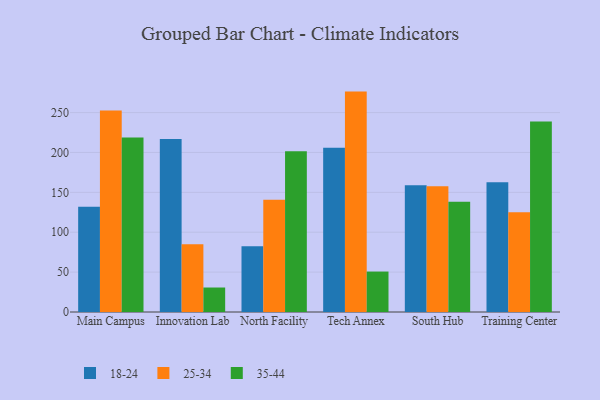
{"axis": {"x": "Campus", "y": "Conversion Rate (%)"}, "legend": ["18-24", "25-34", "35-44"], "data": [{"x": "Main Campus", "y": 132.0, "type": "18-24"}, {"x": "Main Campus", "y": 252.5, "type": "25-34"}, {"x": "Main Campus", "y": 218.7, "type": "35-44"}, {"x": "Innovation Lab", "y": 217.0, "type": "18-24"}, {"x": "Innovation Lab", "y": 85.0, "type": "25-34"}, {"x": "Innovation Lab", "y": 30.7, "type": "35-44"}, {"x": "North Facility", "y": 82.3, "type": "18-24"}, {"x": "North Facility", "y": 140.8, "type": "25-34"}, {"x": "North Facility", "y": 201.5, "type": "35-44"}, {"x": "Tech Annex", "y": 205.8, "type": "18-24"}, {"x": "Tech Annex", "y": 276.3, "type": "25-34"}, {"x": "Tech Annex", "y": 50.7, "type": "35-44"}, {"x": "South Hub", "y": 158.9, "type": "18-24"}, {"x": "South Hub", "y": 157.5, "type": "25-34"}, {"x": "South Hub", "y": 138.2, "type": "35-44"}, {"x": "Training Center", "y": 162.6, "type": "18-24"}, {"x": "Training Center", "y": 125.2, "type": "25-34"}, {"x": "Training Center", "y": 238.9, "type": "35-44"}]}